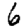
Digit: 6